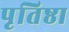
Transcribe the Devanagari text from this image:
पृतिष्ठा